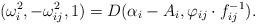
LaTeX: \begin{align*}(\omega^2_i, -\omega_{ij}^2, 1) = D(\alpha_i-A_i, \varphi_{ij} \cdot f_{ij}^{-1}).\end{align*}